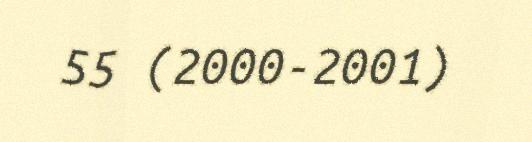
55 (2000-2001)